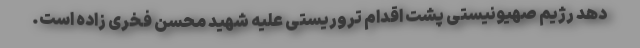
دهد رژیم صهیونیستی پشت اقدام تروریستی علیه شهید محسن فخری زاده است.